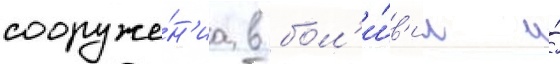
сооруже́н'иа в бол'и́в'ии и́